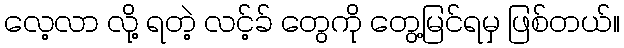
လေ့လာ လို့ ရတဲ့ လင့်ခ် တွေကို တွေ့မြင်ရမှ ဖြစ်တယ်။